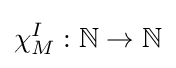
\chi _{M}^{I}:\mathbb {N} \rightarrow \mathbb {N}